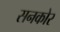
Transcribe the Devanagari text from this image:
सनकोर